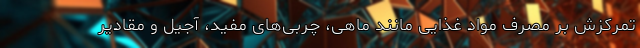
تمرکزش بر مصرف مواد غذایی مانند ماهی، چربی‌های مفید، آجیل و مقادیر